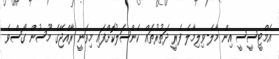
އެމްޓީސީސީ އިން މާލެ-ވިލިމާލެ ފެރީ ދަތުރުތައް ކެންސަލުކޮށްފައި މިވަނީ ރާއްޖޭގެ މޫސުން ގޯސްވެ